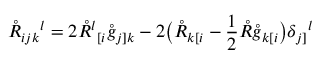
\mathring { R } _ { i j k } { } ^ { l } = 2 \mathring { R } ^ { l } { } _ { [ i } \mathring { g } _ { j ] k } - 2 \big ( \mathring { R } _ { k [ i } - \frac 1 2 \mathring { R } \mathring { g } _ { k [ i } \big ) \delta _ { j ] } { } ^ { l }